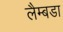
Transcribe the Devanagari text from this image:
लैम्बडा